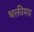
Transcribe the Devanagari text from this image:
भक्तीमय